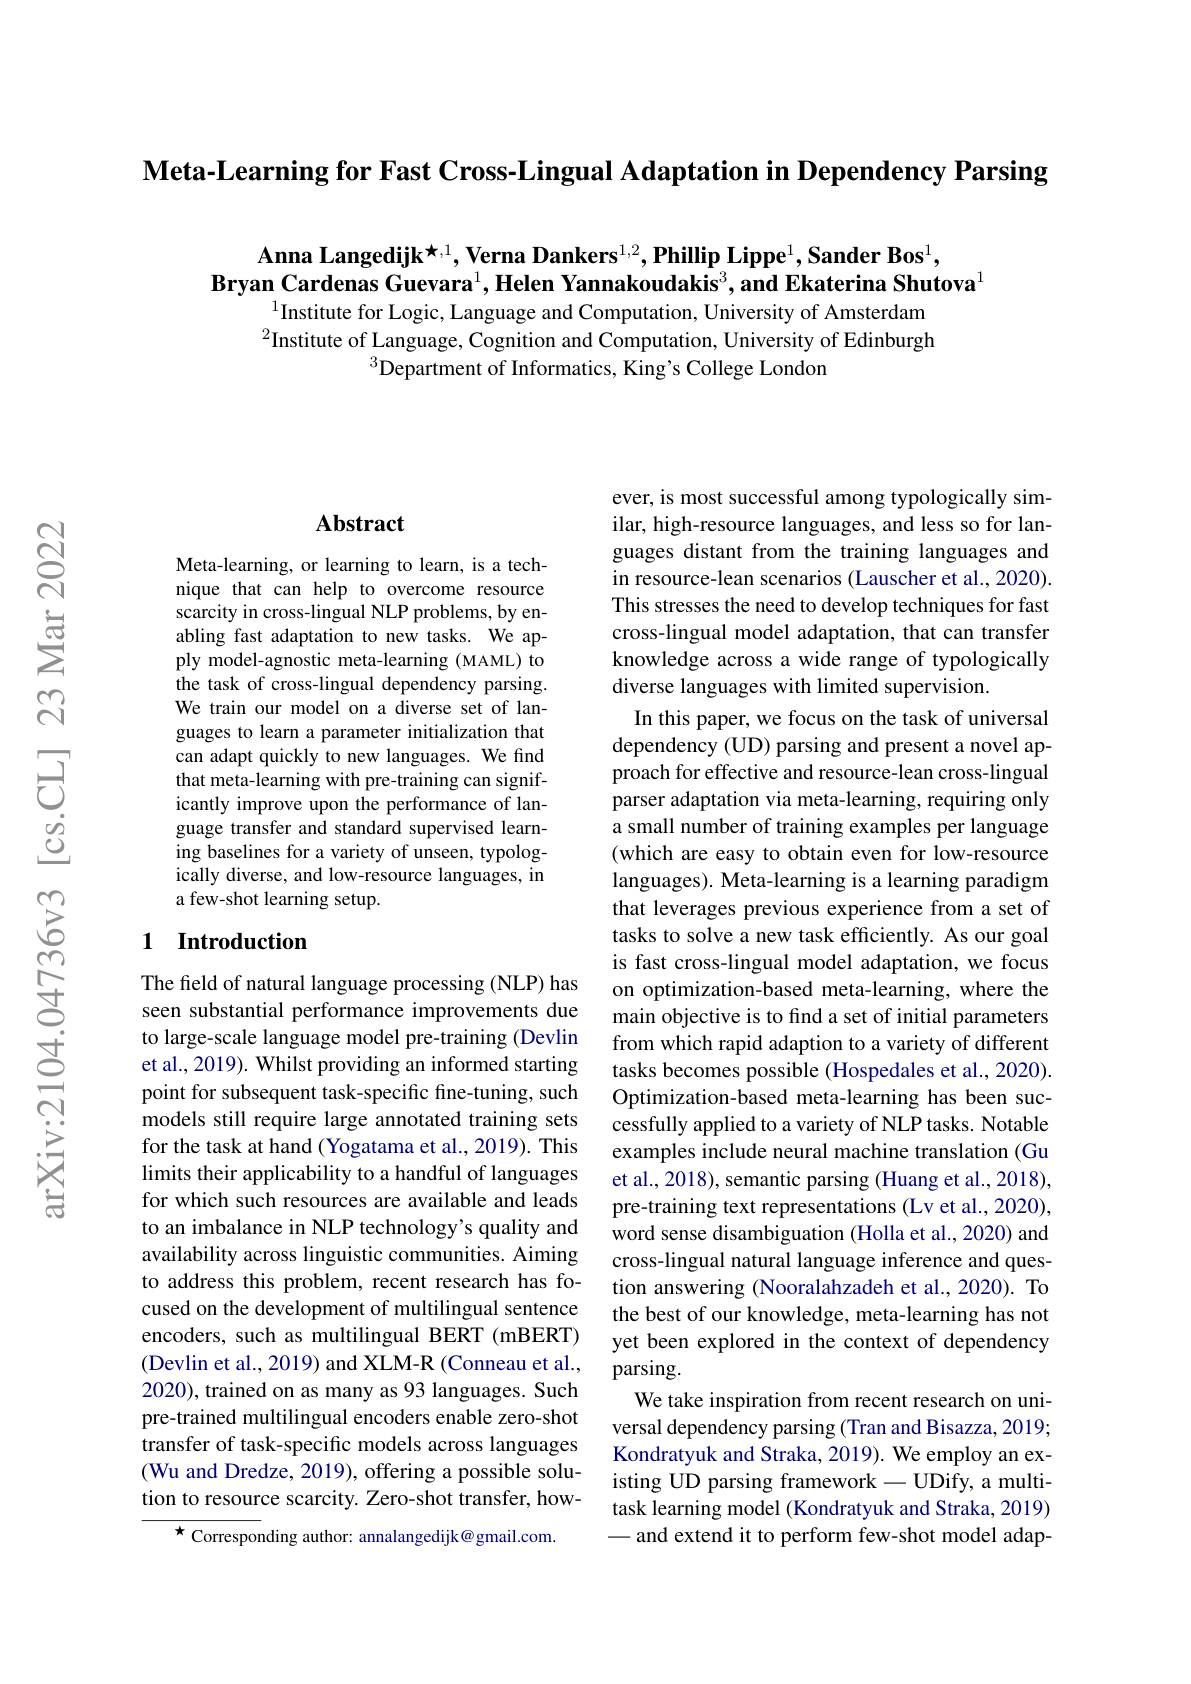
$\textbf{Meta- Learning for Fast Cross- Lingual Adaptation in Dependency Parsing}$

Anna Langedijk $^{\star,1}$, Verna Dankers$^1,2,\textbf{Phillip Lippe}^1,\textbf{Sander Bos}^1$,
Bryan Cardenas Guevara$^1$,Helen Yannakoudakis$^3$,and Ekaterina Shutova$^{1}$
$^{1}$Institute for Logic, Language and Computation, University of Amsterdam

$^{2}$Institute of Language, Cognition and Computation, University of Edinburgh
$^{3}$Department of Informatics, King's College London

## Abstract

Meta-learning, or learning to learn, is a technique that can help to overcome resource scarcity in cross-lingual NLP problems, by enabling fast adaptation to new tasks. We apply model-agnostic meta-learning (MAML) to the task of cross-lingual dependency parsing. We train our model on a diverse set of languages to learn a parameter initialization that can adapt quickly to new languages. We find that meta-learning with pre-training can significantly improve upon the performance of language transfer and standard supervised learning baselines for a variety of unseen, typologically diverse, and low-resource languages, in a few-shot learning setup.

### 1 Introduction

The field of natural language processing (NLP) has seen substantial performance improvements due to large-scale language model pre-training (Devlin et al., 2019). Whilst providing an informed starting point for subsequent task-specific fine-tuning, such models still require large annotated training sets for the task at hand (Yogatama et al., 2019). This limits their applicability to a handful of languages for which such resources are available and leads to an imbalance in NLP technology's quality and availability across linguistic communities. Aiming to address this problem, recent research has focused on the development of multilingual sentence encoders, such as multilingual BERT (mBERT) (Devlin et al., 2019) and XLM-R (Conneau et al., 2020), trained on as many as 93 languages. Such pre-trained multilingual encoders enable zero-shot transfer of task-specific models across languages (Wu and Dredze, 2019), offering a possible solution to resource scarcity. Zero-shot transfer, how-
${\star}{\mathrm{~Corresponding~author:~annalangedijk@gmail.com.}}$

ever, is most successful among typologically similar, high-resource languages, and less so for languages distant from the training languages and in resource-lean scenarios (Lauscher et al., 2020). This stresses the need to develop techniques for fast cross-lingual model adaptation, that can transfer knowledge across a wide range of typologically diverse languages with limited supervision.
In this paper, we focus on the task of universal dependency (UD) parsing and present a novel approach for effective and resource-lean cross-lingual parser adaptation via meta-learning, requiring only a small number of training examples per language (which are easy to obtain even for low-resource languages). Meta-learning is a learning paradigm that leverages previous experience from a set of tasks to solve a new task efficiently. As our goal is fast cross-lingual model adaptation, we focus on optimization-based meta-learning, where the main objective is to find a set of initial parameters from which rapid adaption to a variety of different tasks becomes possible (Hospedales et al., 2020). Optimization-based meta-learning has been successfully applied to a variety of NLP tasks. Notable examples include neural machine translation (Gu et al., 2018), semantic parsing (Huang et al., 2018), pre-training text representations (Lv et al., 2020), word sense disambiguation (Holla et al., 2020) and cross-lingual natural language inference and question answering (Nooralahzadeh et al., 2020). To the best of our knowledge, meta-learning has not yet been explored in the context of dependency parsing.
We take inspiration from recent research on universal dependency parsing (Tran and Bisazza, 2019; Kondratyuk and Straka, 2019). We employ an existing UD parsing framework-UDify, a multitask learning model (Kondratyuk and Straka, 2019)
and extend it to perform few-shot model adap-